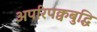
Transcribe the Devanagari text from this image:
अपरिपक्वबुद्धि